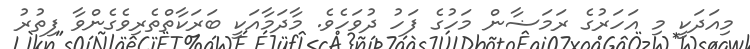
މިއަދަކީ މި އަހަރުގެ ރަމަޟާން މަހުގެ ފަހު ދުވަހެވެ. މާދަމާއަކީ ބަރަކާތްތެރިވެގެންވާ ފިތުރު